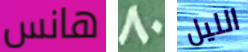
هانس 80 الليل